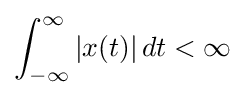
\int _{-\infty }^{\infty }|x(t)|\,dt<\infty